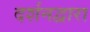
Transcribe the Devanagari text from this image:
दर्शनद्वारा